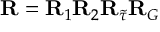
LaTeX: { \bf R } = { \bf R } _ { 1 } { \bf R } _ { 2 } { \bf R } _ { \tilde { \tau } } { \bf R } _ { G }